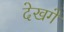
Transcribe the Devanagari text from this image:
देखगें